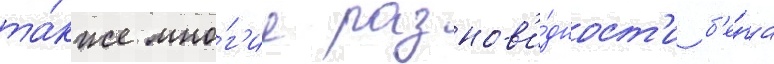
та́кже мно́г'ие разнов'и́дност'и б'е́га